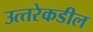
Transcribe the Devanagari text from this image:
उत्‍तरेकडील